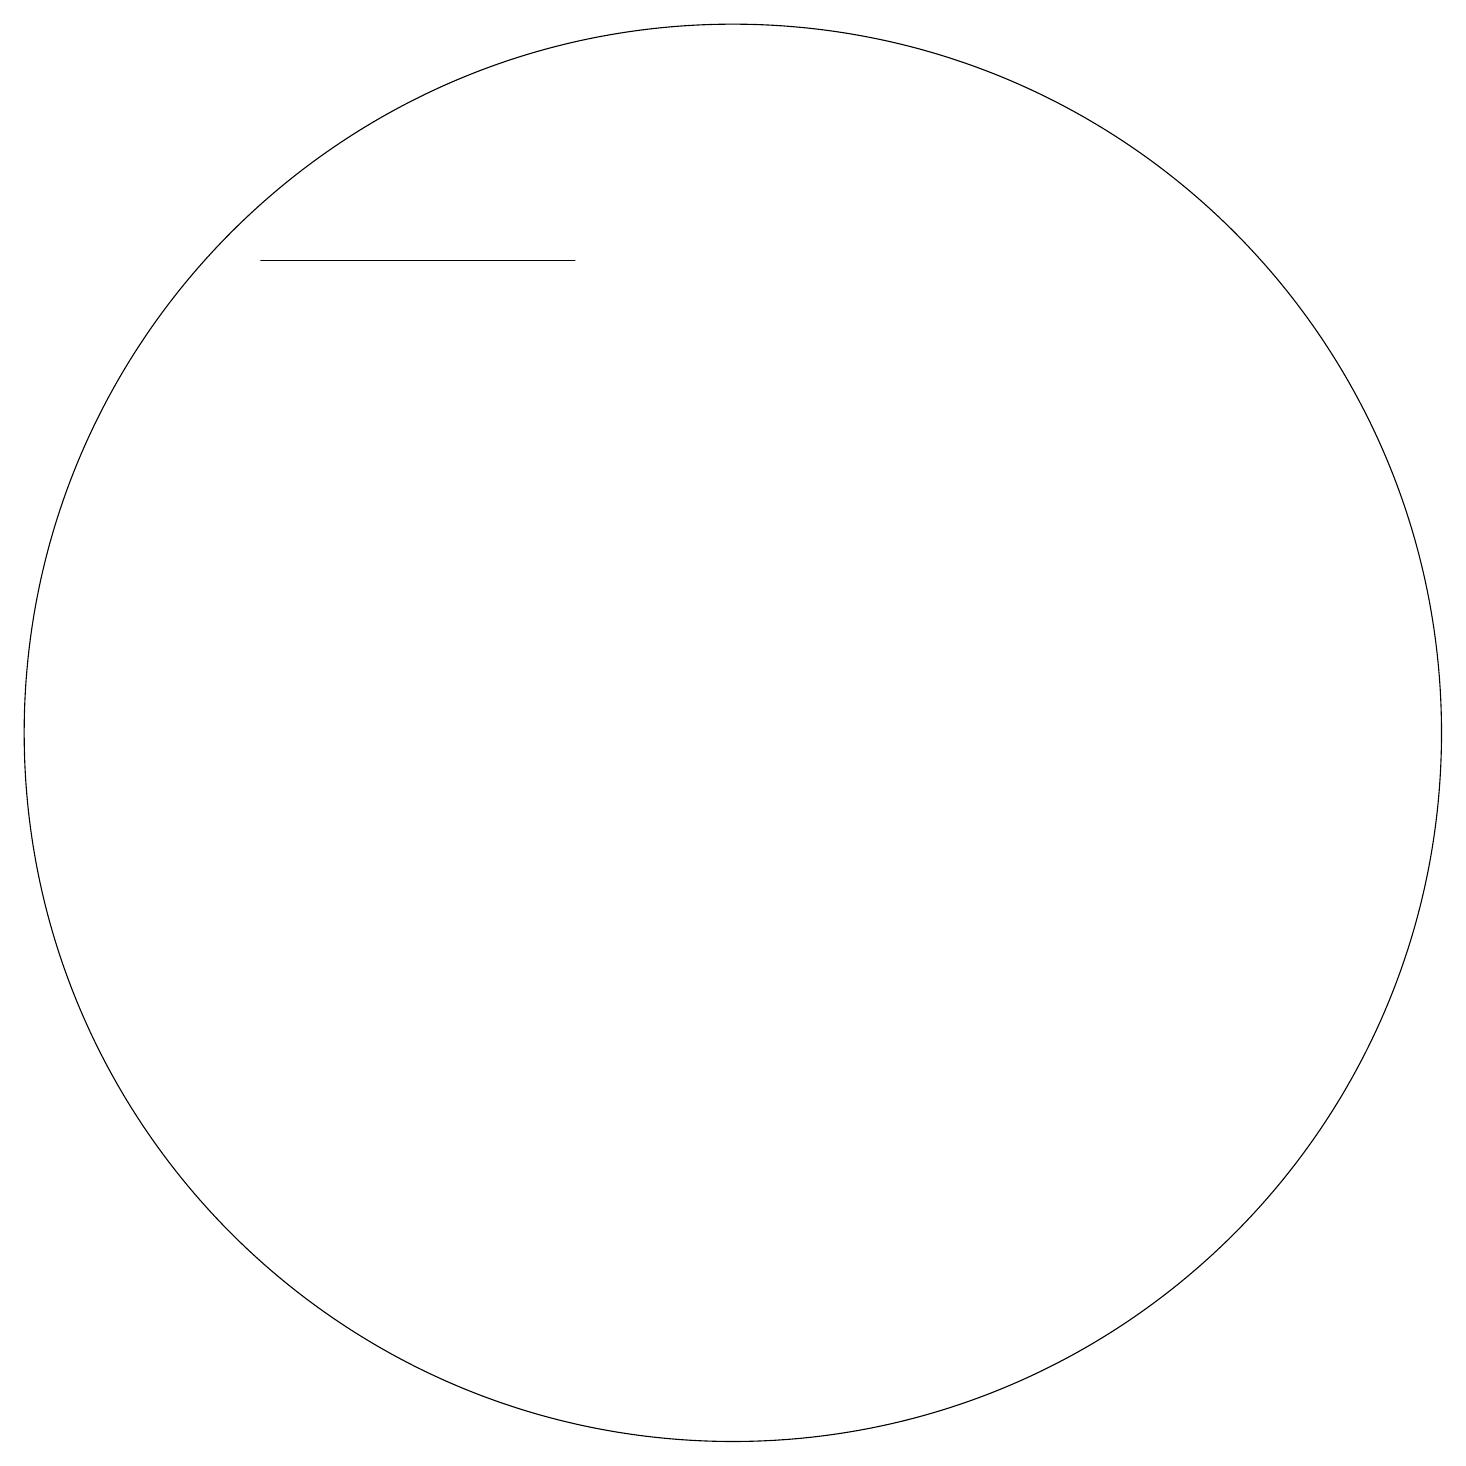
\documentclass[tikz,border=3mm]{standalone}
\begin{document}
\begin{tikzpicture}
\draw (6,10) rectangle (6,10);
\draw (11,10) circle (9);
\draw (9,16) rectangle (5,16);
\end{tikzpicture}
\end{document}